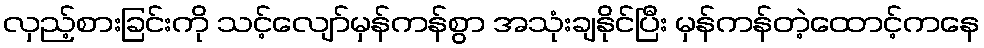
လှည့်စားခြင်းကို သင့်လျော်မှန်ကန်စွာ အသုံးချနိုင်ပြီး မှန်ကန်တဲ့ထောင့်ကနေ